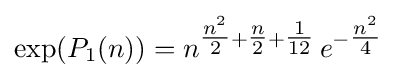
\exp({P_{1}(n)})=n^{{\tfrac {n^{2}}{2}}+{\tfrac {n}{2}}+{\tfrac {1}{12}}}\,e^{-{\tfrac {n^{2}}{4}}}